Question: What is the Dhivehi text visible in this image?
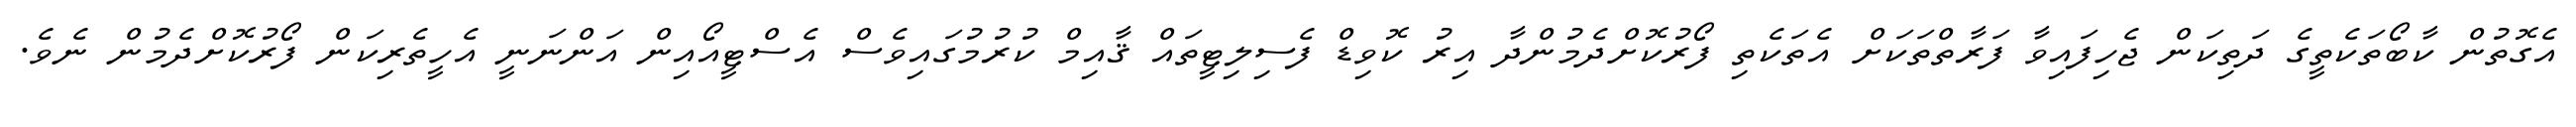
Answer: އެގޮތުން ކާބޯތަކެތީގެ ދަތިކަން ޖެހިފައިވާ ފަރާތްތަކަށް އެތަކެތި ފޯރުކޮށްދެމުންދާ އިރު ކޮވިޑް ފެސިލިޓީތައް ޤާއިމް ކުރުމުގައިވެސް އެސްޓީއޯއިން އަންނަނީ އެހީތެރިކަން ފޯރުކޮށްދެމުން ނެވެ.